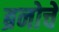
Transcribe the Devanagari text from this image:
ब्रनोचे